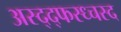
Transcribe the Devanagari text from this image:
अस्द्द्फस्ध्चस्द